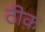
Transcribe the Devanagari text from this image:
ठीक़